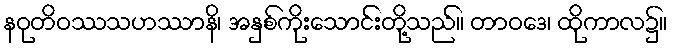
နဝုတိဝဿသဟဿာနိ၊ အနှစ်ကိုးသောင်းတို့သည်။ တာဝဒေ၊ ထိုကာလ၌။